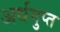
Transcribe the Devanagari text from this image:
अर्धगुप्त